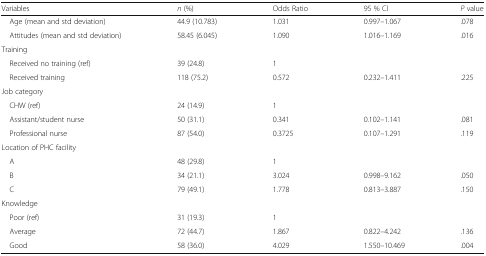
<table><thead><tr><td><b>Variables</b></td><td><b><i>n</i> (%)</b></td><td><b>Odds Ratio</b></td><td><b>95 % CI</b></td><td><b><i>P</i> value</b></td></tr></thead><tbody><tr><td> Age (mean and std deviation)</td><td>44.9 (10.783)</td><td>1.031</td><td>0.997–1.067</td><td>.078</td></tr><tr><td> Attitudes (mean and std deviation)</td><td>58.45 (6.045)</td><td>1.090</td><td>1.016–1.169</td><td>.016</td></tr><tr><td colspan="5">Training</td></tr><tr><td> Received no training (ref)</td><td>39 (24.8)</td><td>1</td><td></td><td></td></tr><tr><td> Received training</td><td>118 (75.2)</td><td>0.572</td><td>0.232–1.411</td><td>.225</td></tr><tr><td colspan="5">Job category</td></tr><tr><td> CHW (ref)</td><td>24 (14.9)</td><td>1</td><td></td><td></td></tr><tr><td> Assistant/student nurse</td><td>50 (31.1)</td><td>0.341</td><td>0.102–1.141</td><td>.081</td></tr><tr><td> Professional nurse</td><td>87 (54.0)</td><td>0.3725</td><td>0.107–1.291</td><td>.119</td></tr><tr><td colspan="5">Location of PHC facility</td></tr><tr><td> A</td><td>48 (29.8)</td><td>1</td><td></td><td></td></tr><tr><td> B</td><td>34 (21.1)</td><td>3.024</td><td>0.998–9.162</td><td>.050</td></tr><tr><td> C</td><td>79 (49.1)</td><td>1.778</td><td>0.813–3.887</td><td>.150</td></tr><tr><td colspan="5">Knowledge</td></tr><tr><td> Poor (ref)</td><td>31 (19.3)</td><td>1</td><td></td><td></td></tr><tr><td> Average</td><td>72 (44.7)</td><td>1.867</td><td>0.822–4.242</td><td>.136</td></tr><tr><td> Good</td><td>58 (36.0)</td><td>4.029</td><td>1.550–10.469</td><td>.004</td></tr></tbody></table>